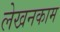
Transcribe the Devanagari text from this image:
लेखनकाम